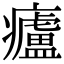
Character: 㿖